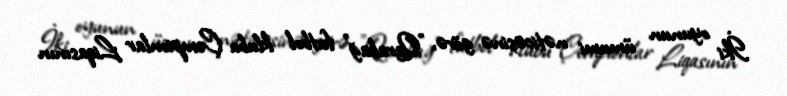
İki oyunun ümumi nəticəsinə görə, "Qarabağ" futbol klubu Çempionlar Liqasının